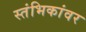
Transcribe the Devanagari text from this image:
स्तंभिकांवर